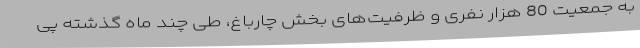
به جمعیت 80 هزار نفری و ظرفیت‌های بخش چارباغ، طی چند ماه گذشته پی